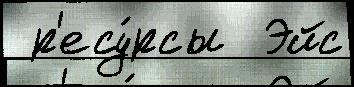
 р'есу́рсы  Эйс